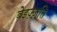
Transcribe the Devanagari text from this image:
बेइज़्ज़ति